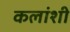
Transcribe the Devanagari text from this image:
कलांशी